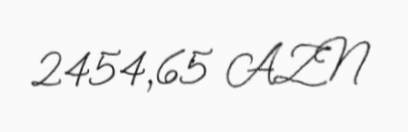
2454,65 AZN